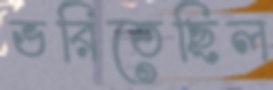
ভরিতেছিল